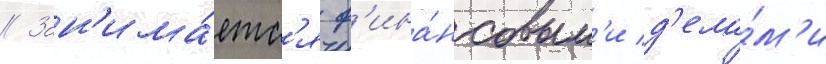
// Зан'има́етс'я ф'ина́нсовым'и д'ела́м'и